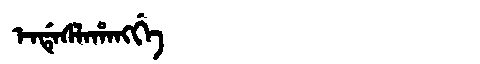
Manchu: ᡝᠨᡩᡝᠰᠯᠠᡥᠠᠩᡤᡝ
Romanization: ENDESLAHANGGE